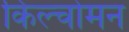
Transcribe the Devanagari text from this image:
किल्चोमन